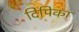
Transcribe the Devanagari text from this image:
दिपिका